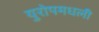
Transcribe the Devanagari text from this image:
युरोपमधली